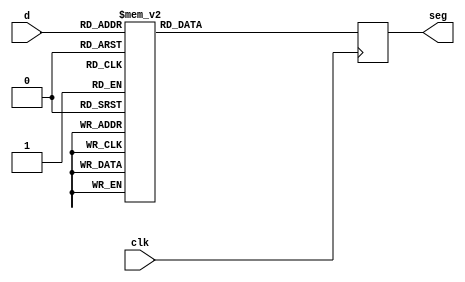
`timescale 1ns / 1ps
//////////////////////////////////////////////////////////////////////////////////
// Company: 
// Engineer: 
// 
// Design Name: 
// Module Name:    BCD_to_7seg 
// Project Name: 
// Target Devices: 
// Tool versions: 
// Description: 
//
// Dependencies: 
//
// Revision: 
// Revision 0.01 - File Created
// Additional Comments: 
//
//////////////////////////////////////////////////////////////////////////////////
module BCD_to_7seg(input wire [3:0] d,input wire clk,
output reg [6:0] seg // seg ser a,b,c,d,e,f,g,h de los 7 segmentos siendo a el menos significativo
    );
	 

reg [6:0] seg_sig;
//initial begin seg<=0; end	 
always@(posedge clk) 
begin
seg=seg_sig;
end

// body 
always @(*) begin
   seg_sig=seg;
	case (d)         //gfedcba
	4'b0000: seg_sig = 7'b1000000; //0
	4'b0001: seg_sig = 7'b1111001; //1
	4'b0010: seg_sig = 7'b0100100; //2
	4'b0011: seg_sig = 7'b0110000; //3
	4'b0100: seg_sig = 7'b0011001; //4
	4'b0101: seg_sig = 7'b0010010; //5
	4'b0110: seg_sig = 7'b0000010; //6
	4'b0111: seg_sig = 7'b1111000; //7
	4'b1000: seg_sig = 7'b0000000; //8
	4'b1001: seg_sig = 7'b0011000; //9
	4'b1010: seg_sig = 7'b0001000; //A
	4'b1011: seg_sig = 7'b0000011; //B
	4'b1100: seg_sig = 7'b1000110; //C
	4'b1101: seg_sig = 7'b0100001; //D
	4'b1110: seg_sig = 7'b0000110; //E
	4'b1111: seg_sig = 7'b0001110; //F
	
	endcase 
end
endmodule